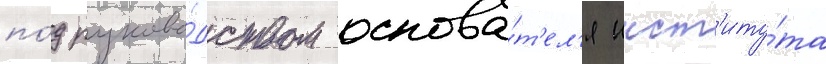
по́д руково́дством основа́т'ел'я инст'иту́та